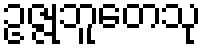
ဥဇ္ဇုဘူတေသု